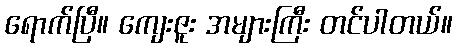
ရောက်ပြီ။ ကျေးဇူး အများကြီး တင်ပါတယ်။